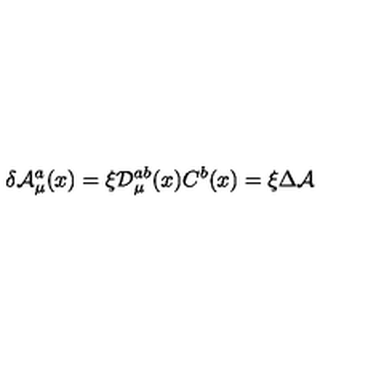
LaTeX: \delta { \cal A } _ { \mu } ^ { a } ( x ) = \xi { \cal D } _ { \mu } ^ { a b } ( x ) C ^ { b } ( x ) = \xi \Delta { \cal A }